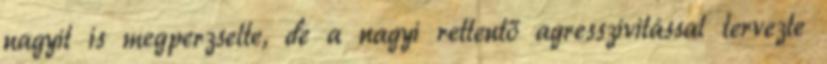
nagyit is megperzselte, de a nagyi rettentő agresszivitással tervezte